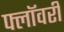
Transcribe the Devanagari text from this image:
फ्लॉवरी